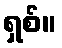
ရှစ်။